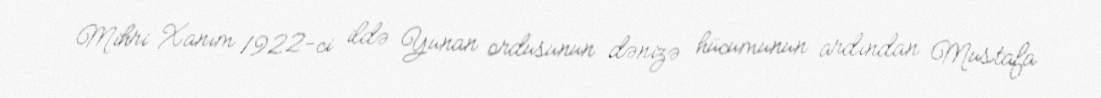
Mihri Xanım 1922-ci ildə Yunan ordusunun dənizə hücumunun ardından Mustafa